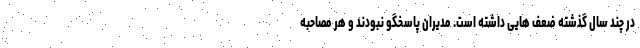
در چند سال گذشته ضعف‌ هایی داشته است. مدیران پاسخگو نبودند و هر مصاحبه